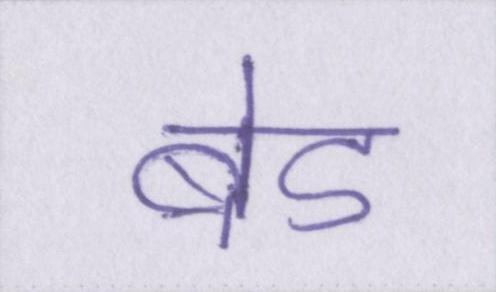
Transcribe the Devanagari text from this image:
बेड